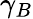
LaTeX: \gamma_{B}